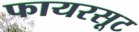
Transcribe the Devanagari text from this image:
फायरसूट